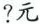
？元